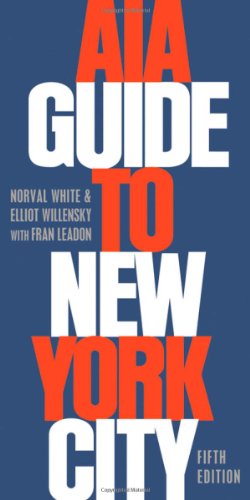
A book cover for AIA Guide to New York City; Norval White; Arts & Photography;